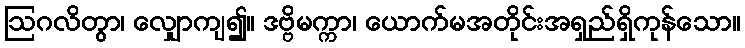
ဩဂလိတွာ၊ လျှောကျ၍။ ဒဗ္ဗိမက္ကာ၊ ယောက်မအတိုင်းအရှည်ရှိကုန်သော။